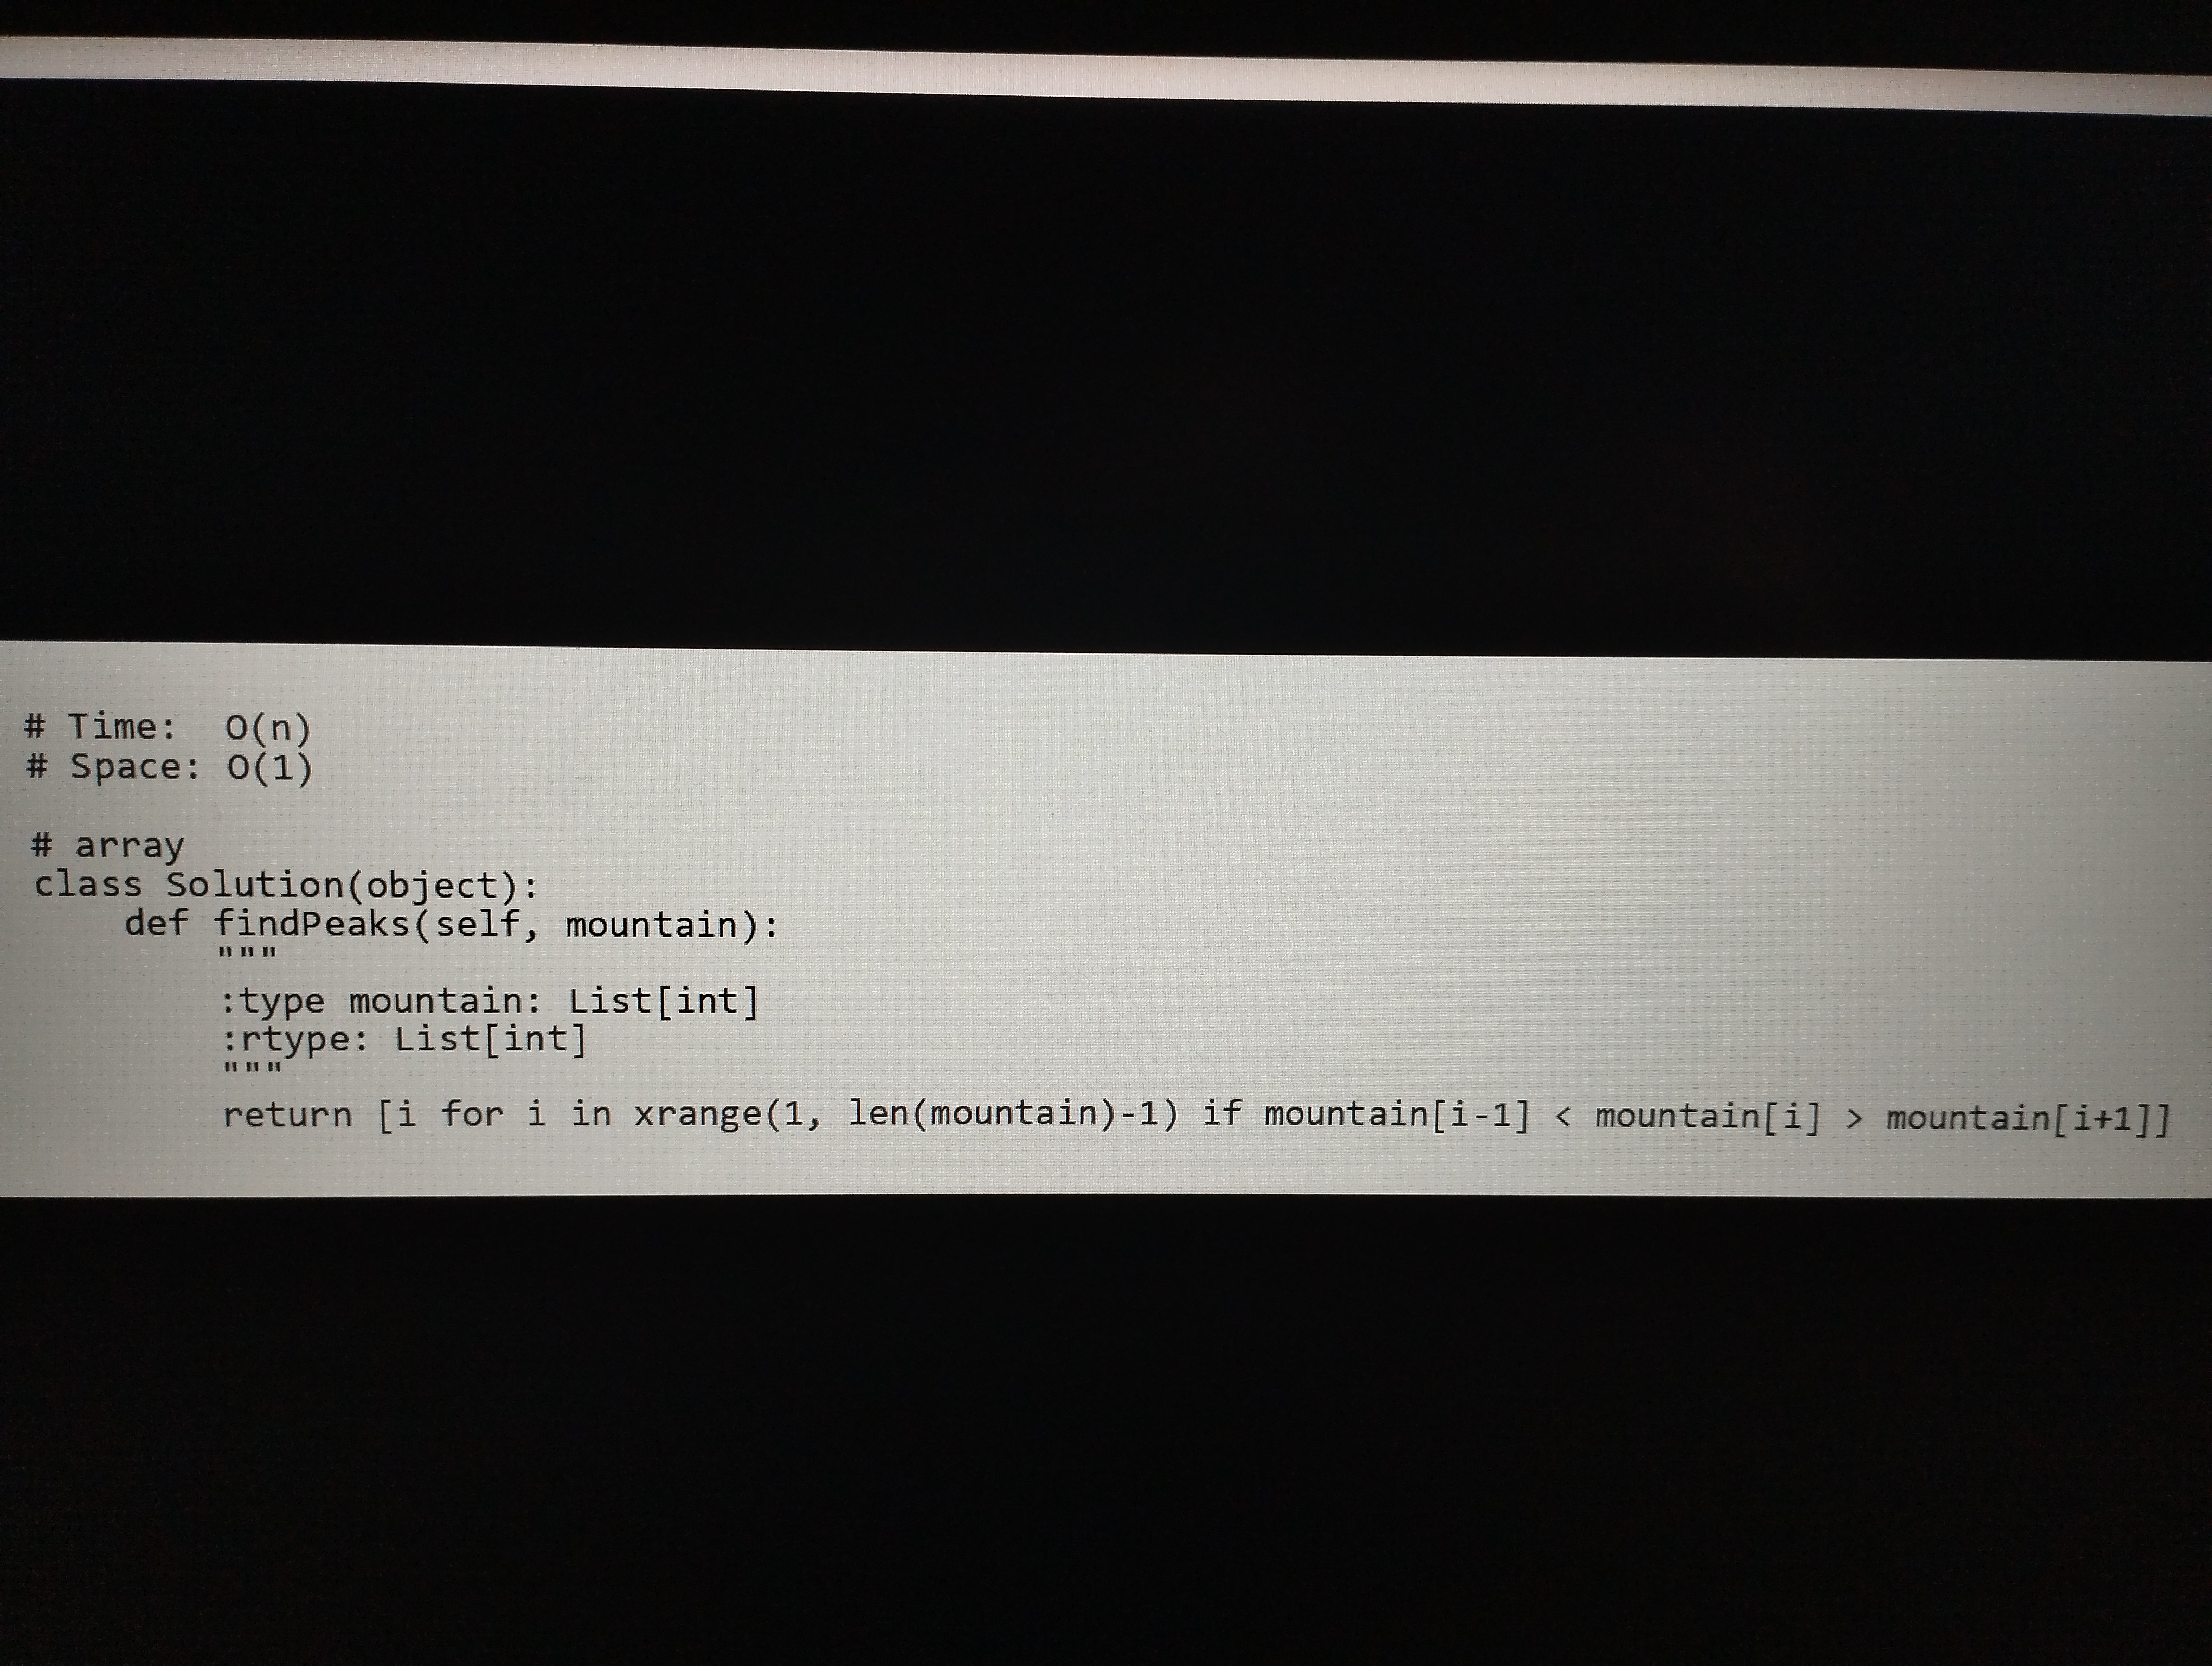
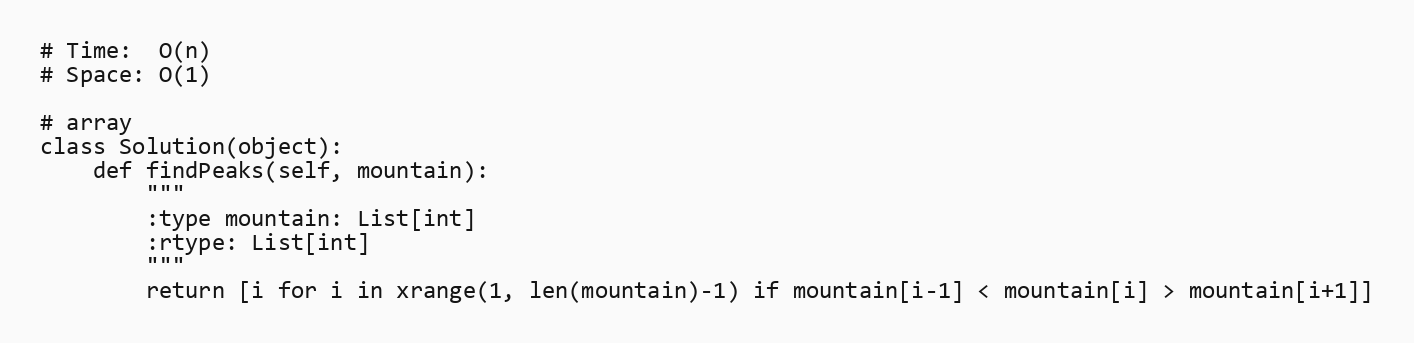
# Time:  O(n)
# Space: O(1)

# array
class Solution(object):
    def findPeaks(self, mountain):
        """
        :type mountain: List[int]
        :rtype: List[int]
        """
        return [i for i in xrange(1, len(mountain)-1) if mountain[i-1] < mountain[i] > mountain[i+1]]